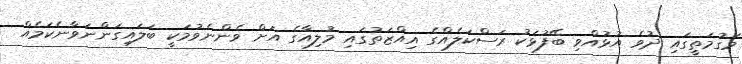
މަގުމަތީގައި ދުވެ އުޅުއްވި ބޭފުޅަކު ރަސްކަލެއްގެ އިއްޒަތުގައި މުލިއާގެ އަށް ވެންނެވުމަކީ ބަލައިގަންނަވާނެކަމެއް